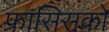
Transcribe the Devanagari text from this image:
फ्रासिसको